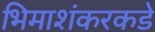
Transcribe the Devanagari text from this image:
भिमाशंकरकडे